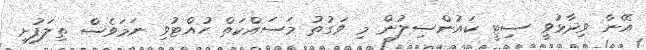
އޭނާ ވިދާޅުވީ ސިޓީ ކައުންސިލުން މި ވަގުތު މަސައްކަތް ހުއްޓުވި ނަމަވެސް ތިލަފުށީ